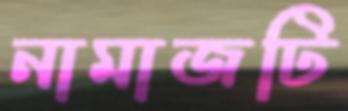
নামাজটি